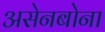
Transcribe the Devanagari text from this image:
असेनबोना